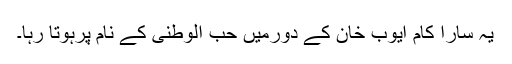
یہ سارا کام ایوب خان کے دورمیں حب الوطنی کے نام پرہوتا رہا۔